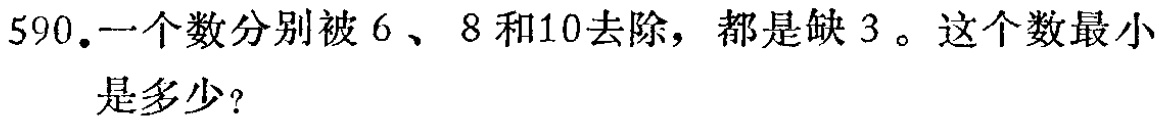
590.一个数分别被6、8和10去除，都是缺3。这个数最小是多少？